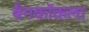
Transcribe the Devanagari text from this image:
बँगकॉकला